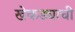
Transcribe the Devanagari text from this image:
खेकड्याची